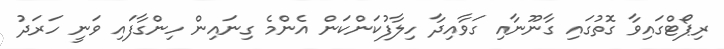
ރިޕޯޓްގައިވާ ގޮތުގައި ގާނޫނާއި ގަވާއިދާ ހިލާފުކަންކަން އެންމެ ގިނައިން ހިންގާފައި ވަނީ ހަރަދު